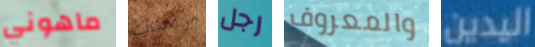
ماهوني مراهنات رجل والمعروف اليدين